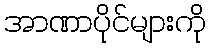
အာဏာပိုင်များကို